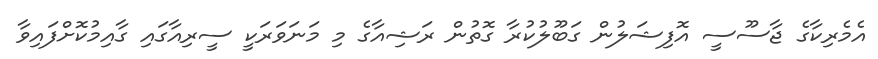
އެމެރިކާގެ ޖާސޫސީ އޮފިޝަލުން ގަބޫލުކުރާ ގޮތުން ރަޝިއާގެ މި މަނަވަރަކީ ސީރިއާގައި ގާއިމުކޮށްފައިވާ